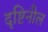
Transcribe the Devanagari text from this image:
दृष्टिनील